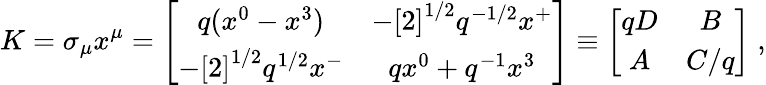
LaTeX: K=\sigma_{\mu}x^{\mu}=\left[\begin{array}{cc}{{q(x^{0}-x^{3})}}&{{-\left[2\right]^{1/2}q^{-1/2}x^{+}}}\\ {{-\left[2\right]^{1/2}q^{1/2}x^{-}}}&{{qx^{0}+q^{-1}x^{3}}}\end{array}\right]\equiv\left[\begin{array}{cc}{{qD}}&{{B}}\\ {{A}}&{{C/q}}\end{array}\right]\; ,